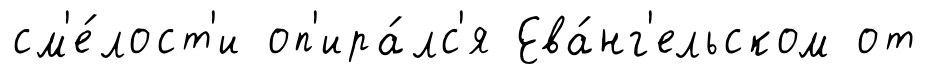
см'е́лост'и оп'ира́лс'я Ева́нг'ельском от